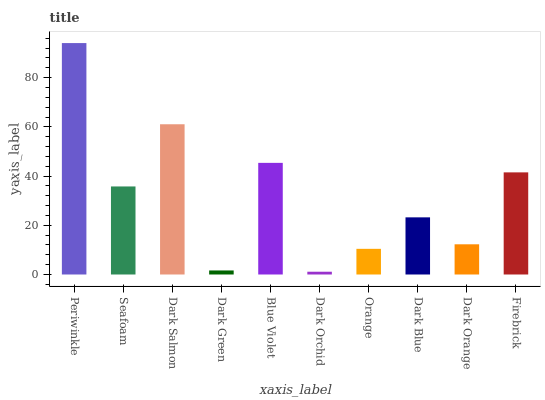
| xaxis_label | bars |
 | --- | --- |
 | Periwinkle | 94.1 |
 | Seafoam | 35.8 |
 | Dark Salmon | 61.1 |
 | Dark Green | 1.65 |
 | Blue Violet | 45.4 |
 | Dark Orchid | 1.13 |
 | Orange | 10.4 |
 | Dark Blue | 23.2 |
 | Dark Orange | 12.3 |
 | Firebrick | 41.5 |